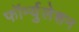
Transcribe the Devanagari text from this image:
फॉर्म्युलेशन